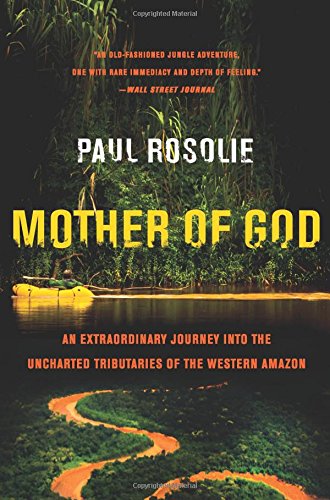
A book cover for Mother of God: An Extraordinary Journey into the Uncharted Tributaries of the Western Amazon; Paul Rosolie; Science & Math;